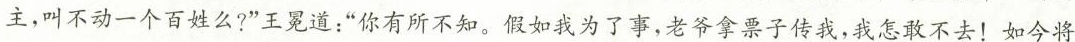
主，叫不动一个百姓么?”王冕道：”你有所不知，假如我为了事，老爷拿票子传我，我怎敢不去！如今将